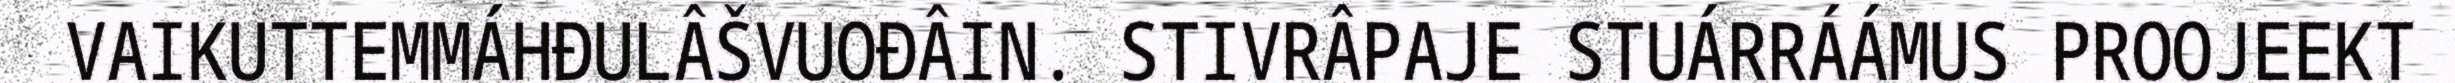
VAIKUTTEMMÁHĐULÂŠVUOĐÂIN. STIVRÂPAJE STUÁRRÁÁMUS PROOJEEKT